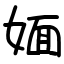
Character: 媔